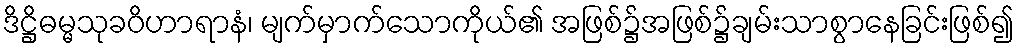
ဒိဋ္ဌိဓမ္မသုခဝိဟာရာနံ၊ မျက်မှာက်သောကိုယ်၏ အဖြစ်၌အဖြစ်၌ချမ်းသာစွာနေခြင်းဖြစ်၍